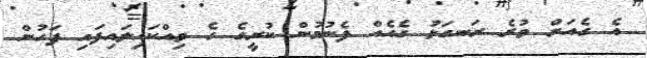
އެ ގެއަށް ވުރެ ރަނގަޅު ގެއެއް ފެނުމުން ކުރީގެ ގެ ވިއްކައިލައިފައި ފަހުން